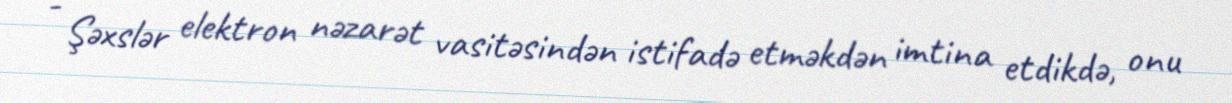
- Şəxslər elektron nəzarət vasitəsindən istifadə etməkdən imtina etdikdə, onu